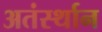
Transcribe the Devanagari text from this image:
अतंर्स्थान